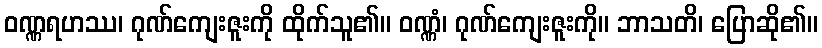
ဝဏ္ဏရဟဿ၊ ဂုဏ်ကျေးဇူးကို ထိုက်သူ၏။ ဝဏ္ဏံ၊ ဂုဏ်ကျေးဇူးကို။ ဘာသတိ၊ ပြောဆို၏။